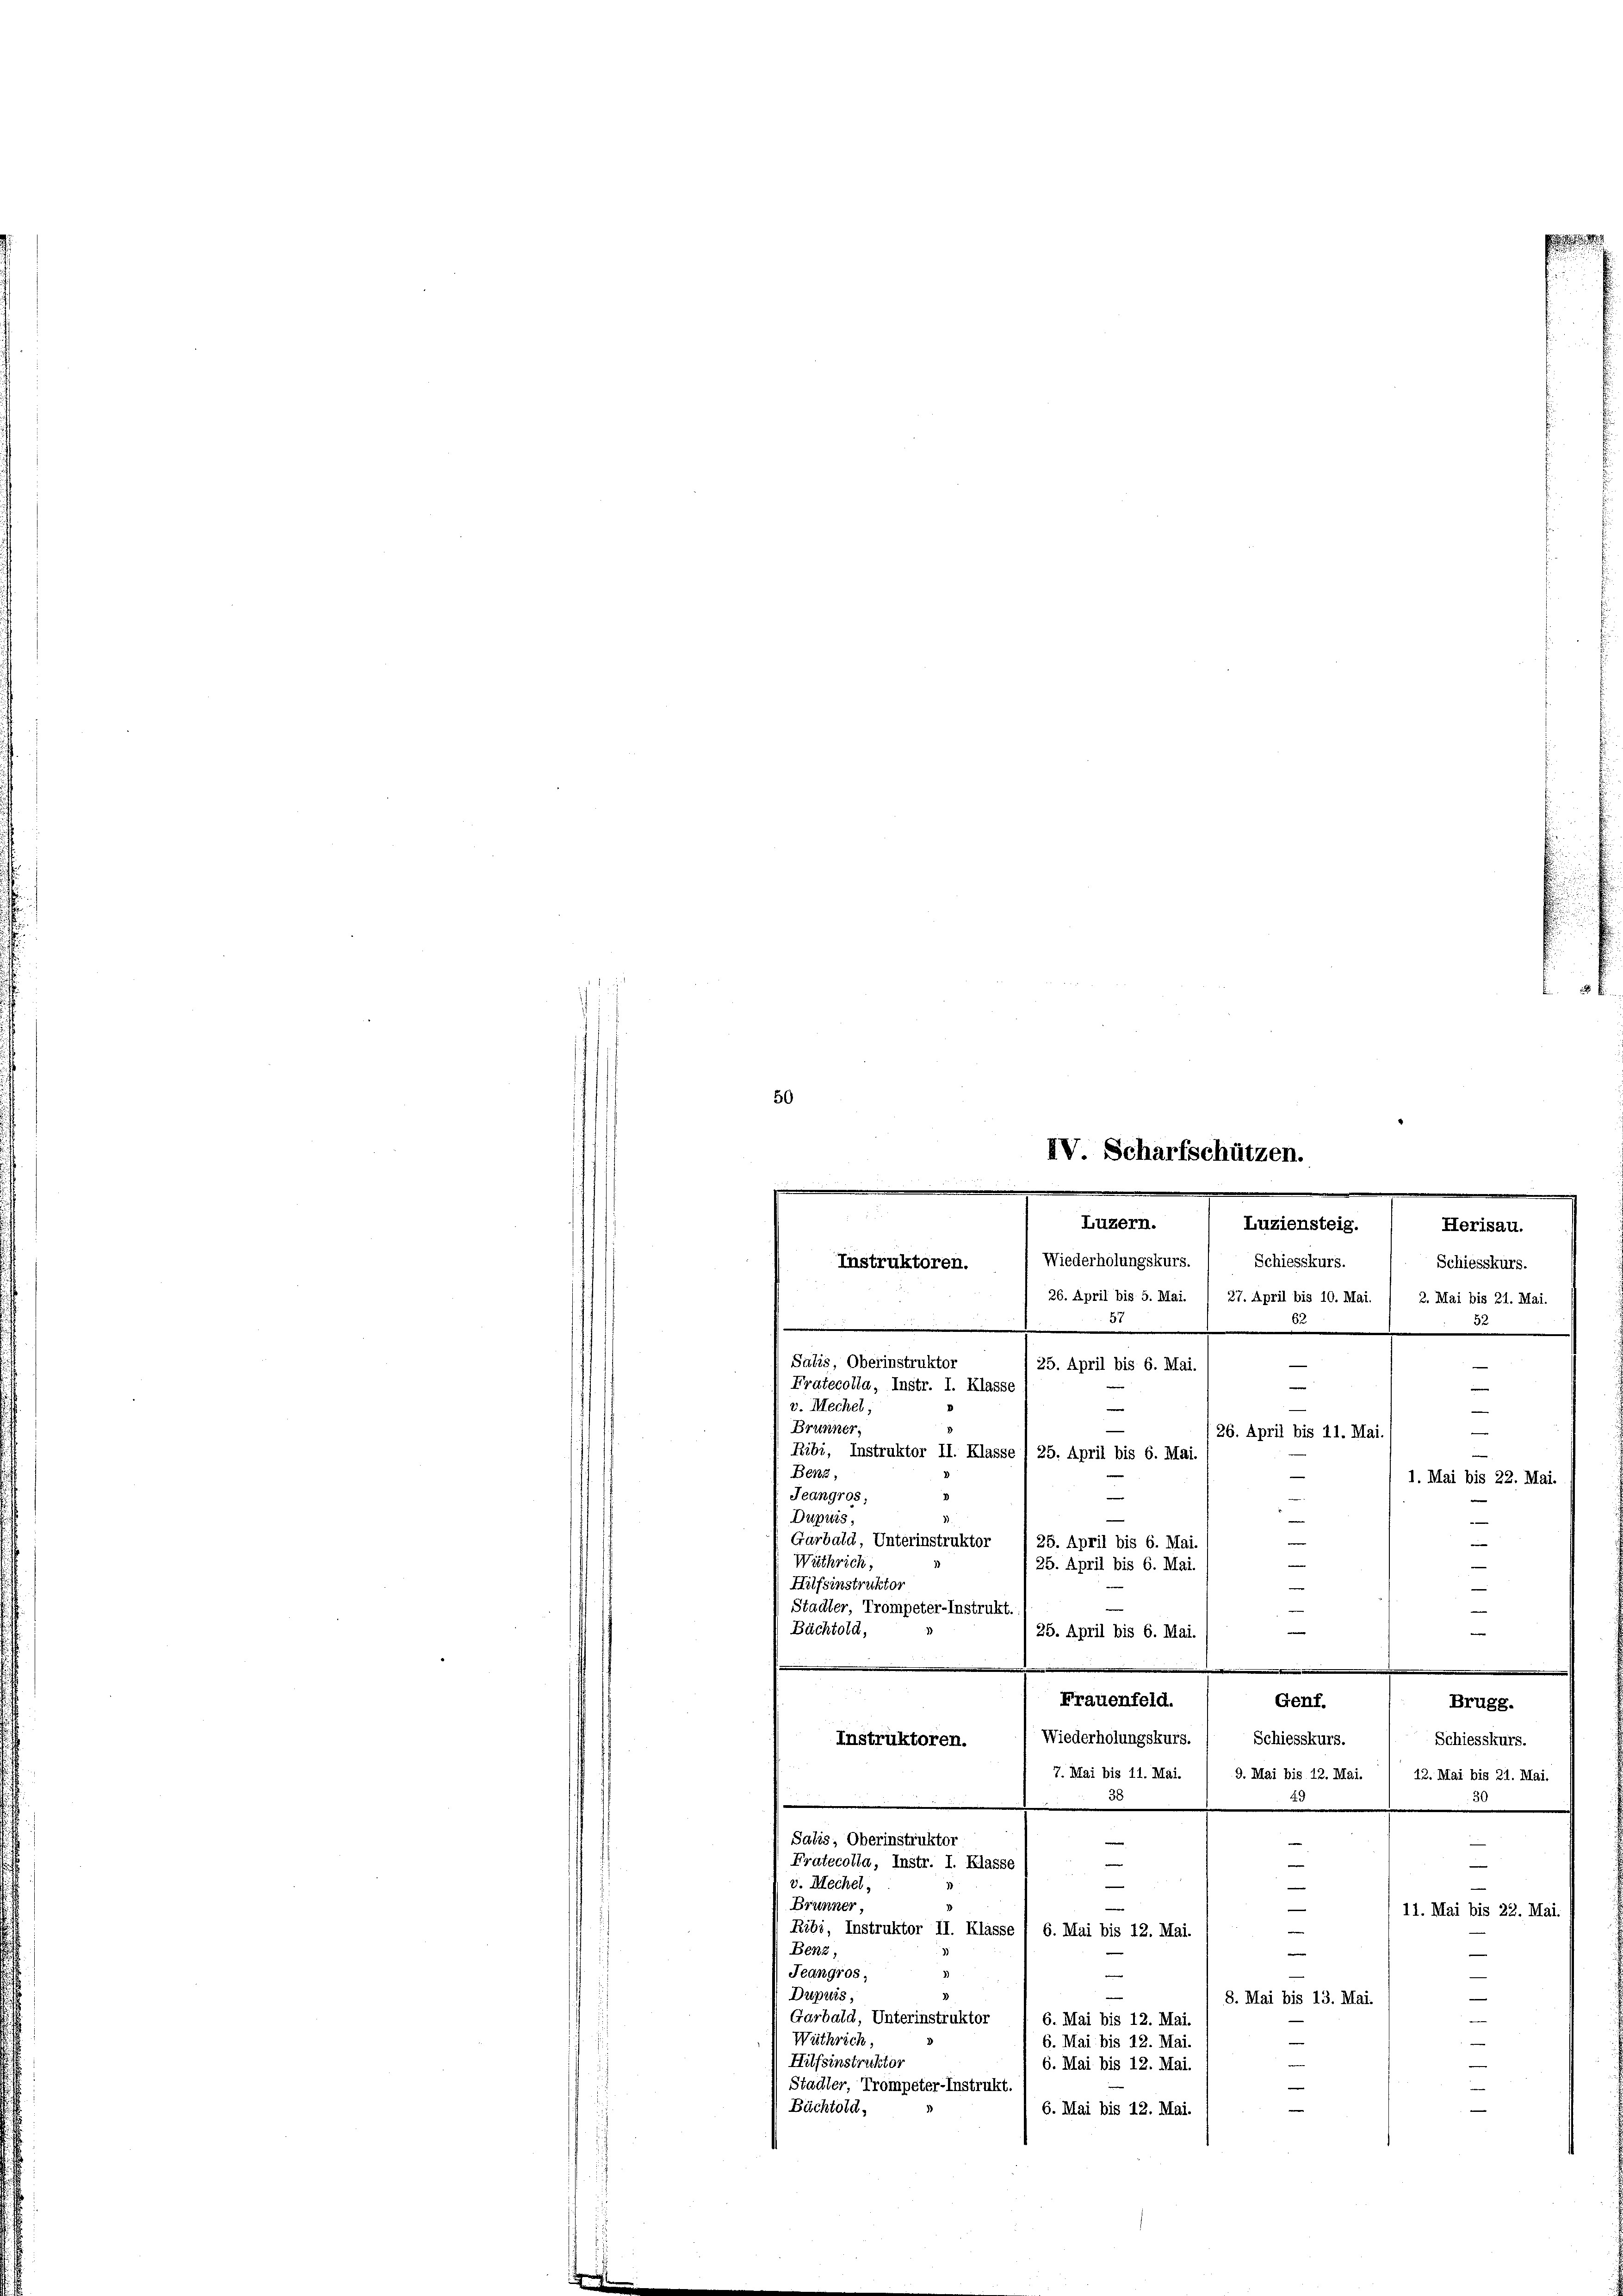
50
IV Scharfschützen.

m
Luzern. Luziensteig. / Herisau.
Wiederholungskurs. / Schiesskurs.
Schiesskurs.
Instruktoren.
26. April bis 5. Mai. 1 27. April bis 10. Mai.
2. Mai bis 21. Mai
52
e
e
.
82
.
e
Salis, Oberinstruktor
e
25. April bis 6. Mai.
n
Fratecolla, Instr. I. Klasse
¬
 v. Mechel,
—
Brunner,
n
26. April bis 11. Mai.

Ribi, Instruktor II. Klasse I 25. April bis 6. Mai.
Benz,
25. April bis 6. Mai
Instruktoren.
7. Mai bis 11. Mai. / 9. Mai bis 12. Mai. 1 12. Mai bis 21. Mai,
30
31
.
Salis, Oberinstruktor
e
e
e
Fratecolla, Instr. I. Klasse
e
e
e
v. Mechel,
|
Brunner
.
Ribi, Instruktor II. Klasse , 6. Mai bis 12. Mai.
e
Benz,
)
Jeangros,

—
Dupuis,
8. Mai bis 13. Mai.
Garbald, Unterinstruktor / 6. Mai bis 12. Mai.
Wüthrich

6. Mai bis 12. Mai.
Hilfsinstruktor
6. Mai bis 12. Mai.
Stadler, Trompeter-Instrukt.
Büchtold,
6. Mai bis 12. Mai.

Jeangros,
Dupuis.
Garbald, Unterinstruktor
Wüthrich,
Hilfsinstruktor
Stadler, Trompeter-Instrukt.
Bächtold,

Frauenfeld.
Niederholungskurs. / Schiesskurs.

e
e
1. Mai bis 22. Mai.
—
25. April bis 6. Mai
¬
25. April bis 6. Mai.

Schiesskurs.
11. Mai bis 22. Mai.
—

Genf.

Brugg.